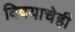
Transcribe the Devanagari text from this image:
विषयाचेही